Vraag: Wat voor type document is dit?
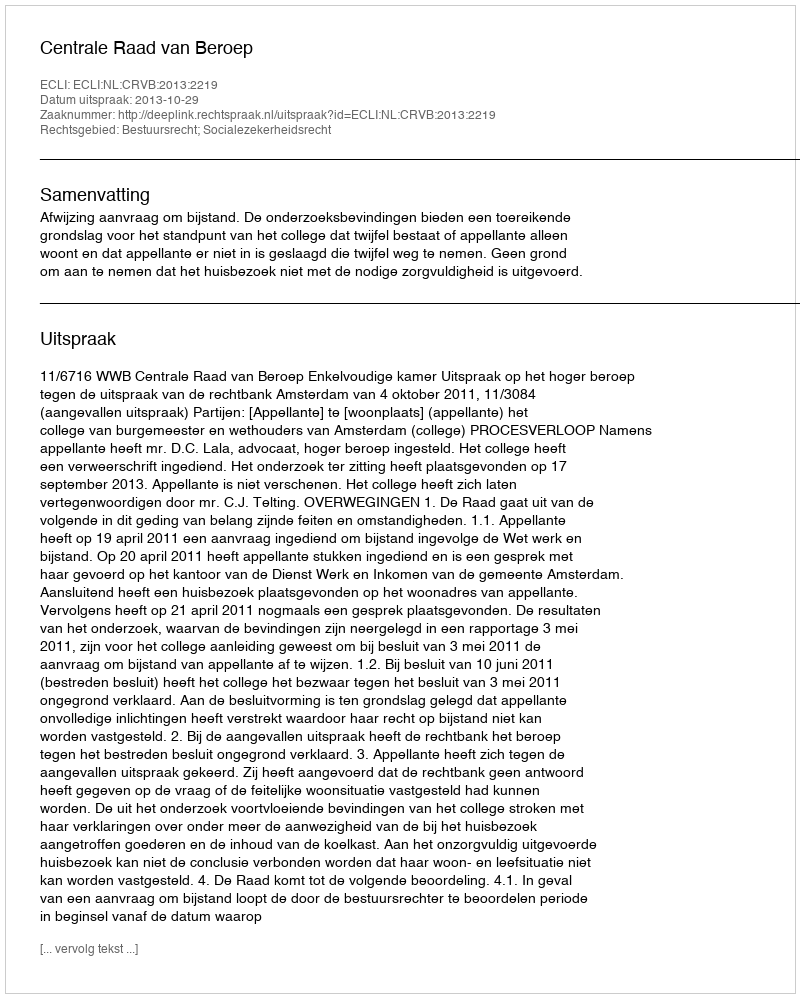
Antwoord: Uitspraak